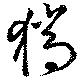
猯